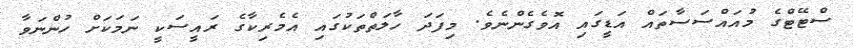
ސްޓޭޓްގެ މުއައްސަސާތައް އަޑީގައި އޮވެގެންނެވެ. މިފަދަ ހާލަތްތަކުގައި އެމެރިކާގެ ރައީސަކީ ނަމަކަށް ހުންނަވާ